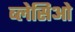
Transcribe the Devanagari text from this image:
ब्लेसिओ